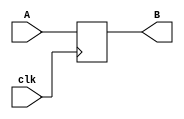
module _DFF(clk,A,B);
input A,clk;
output B;
reg B;
always@(posedge clk)
begin
	B<=A;
end
endmodule